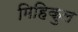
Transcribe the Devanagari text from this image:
मिहिकुल